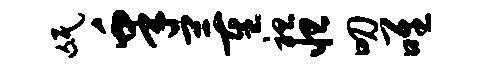
氓皋董袒怛叨唯